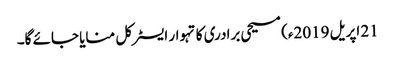
21 اپریل 2019ء) مسیحی برادری کا تہوار ایسٹر کل منایا جائے گا۔